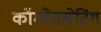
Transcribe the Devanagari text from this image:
कॉम्पेनसेटिंग